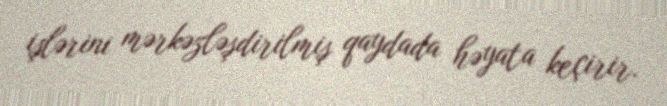
işlərini mərkəzləşdirilmiş qaydada həyata keçirir.